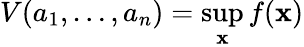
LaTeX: V(a_{1},\ldots,a_{n})=\operatorname*{sup}_{\mathbf{x}}f(\mathbf{x})